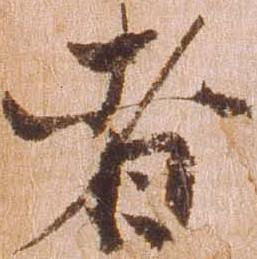
者